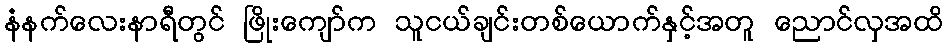
နံနက်လေးနာရီတွင် ဖြိုးကျော်က သူငယ်ချင်းတစ်ယောက်နှင့်အတူ ညောင်လှအထိ